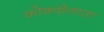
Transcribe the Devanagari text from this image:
कोकशेताऊ